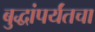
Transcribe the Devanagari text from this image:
बुद्धांपर्यंतचा